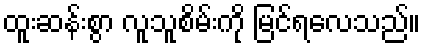
ထူးဆန်းစွာ လူသူစိမ်းကို မြင်ရလေသည်။